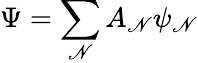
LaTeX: \displaystyle\Psi=\sum_{\mathscr{N}}A_{\mathscr{N}}\psi_{\mathscr{N}}